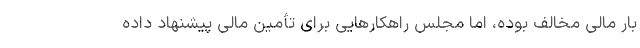
بار مالی مخالف بوده، اما مجلس راهکارهایی برای تأمین مالی پیشنهاد داده